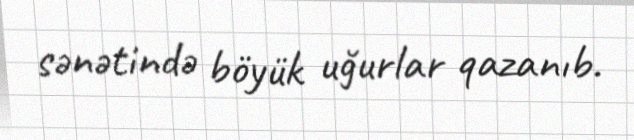
sənətində böyük uğurlar qazanıb.